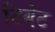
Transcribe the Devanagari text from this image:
टिबेट